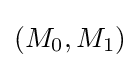
(M_{0},M_{1})